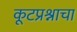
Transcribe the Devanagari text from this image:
कूटप्रश्नाचा